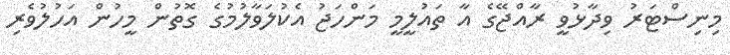
މިނިސްޓަރު ވިދާޅުވީ ރާއްޖޭގެ އާ ތައުލީމީ މަންހަޖު އެކުލަވާލުމުގެ ގޮތުން މީހުން އަހުލުވެރި